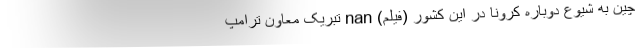
چین به شیوع دوباره کرونا در این کشور (فیلم) nan تبریک معاون ترامپ